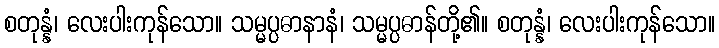
စတုန္နံ၊ လေးပါးကုန်သော။ သမ္မပ္ပဓာနာနံ၊ သမ္မပ္ပဓာန်တို့၏။ စတုန္နံ၊ လေးပါးကုန်သော။